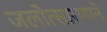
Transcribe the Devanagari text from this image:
जलोत्सारणाने